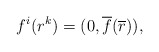
\begin{align*}f^{i}(r^{k})=(0, {\overline f}(\overline r)),\end{align*}